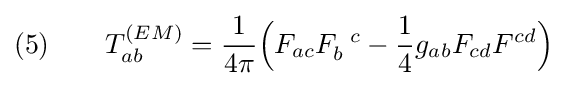
(5)\qquad T_{ab}^{(EM)}={\frac {1}{4\pi }}{\Big (}F_{ac}F_{b}^{\;\;c}-{\frac {1}{4}}g_{ab}F_{cd}F^{cd}{\Big )}\;